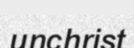
unchrist